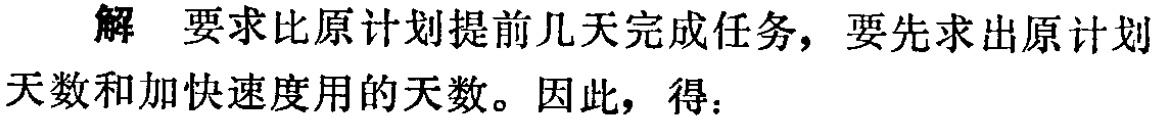
解 要求比原计划提前几天完成任务，要先求出原计划天数和加快速度用的天数。因此，得：